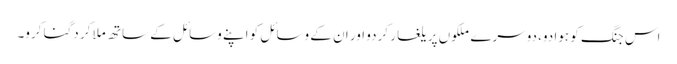
اس جنگ کو ہوا دو، دوسرے ملکوں پر یلغار کردو اور ان کے وسائل کو اپنے وسائل کے ساتھ ملا کر دگنا کرو۔